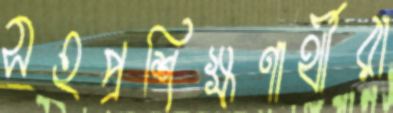
সহপ্রশিক্ষণার্থীরা